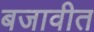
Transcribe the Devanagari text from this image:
बजावीत